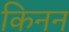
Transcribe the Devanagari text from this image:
किनन